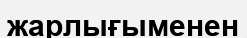
жарлығыменен